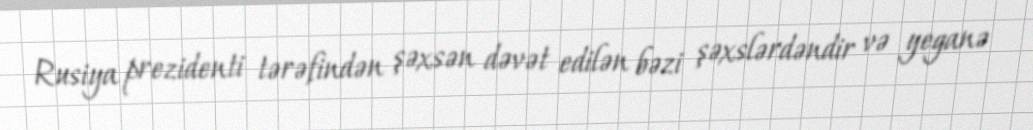
Rusiya prezidenti tərəfindən şəxsən dəvət edilən bəzi şəxslərdəndir və yeganə